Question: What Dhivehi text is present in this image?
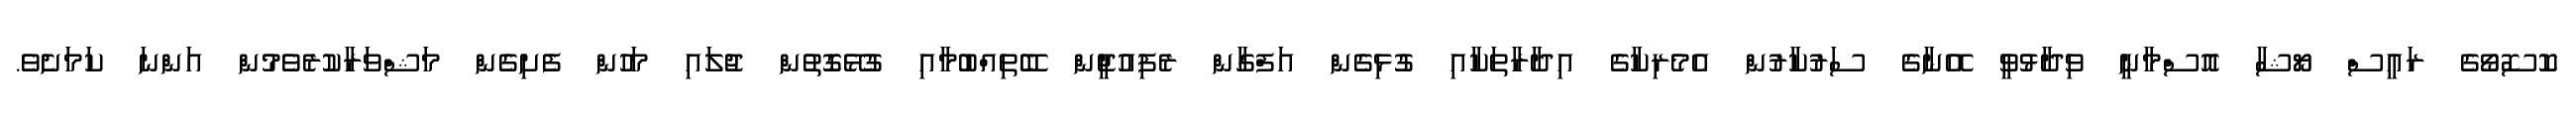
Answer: ކޮސޮވޯގެ ރައީސް ޔޯޝާ އޮސްމާނީ ވިދާޅުވީ އޭނާގެ ސަރުކާރުން އެމެރިކާގެ އިދާރާތަކާއި ގުޅިގެން އަފްގާން ރެފިއުޖީން ބޭތިއްބުމާއި ގުޅޭގޮތުން ޖުލައި މަހުން ފެށިގެން މަޝްވަރާކުރެވެމުން އަންނަ ކަމަށެވެ.